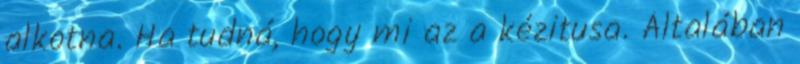
alkotna. Ha tudná, hogy mi az a kézitusa. Általában